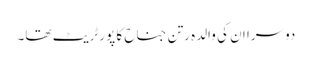
دوسرا ان کی والدہ رتن جناح کا پورٹریٹ تھا۔